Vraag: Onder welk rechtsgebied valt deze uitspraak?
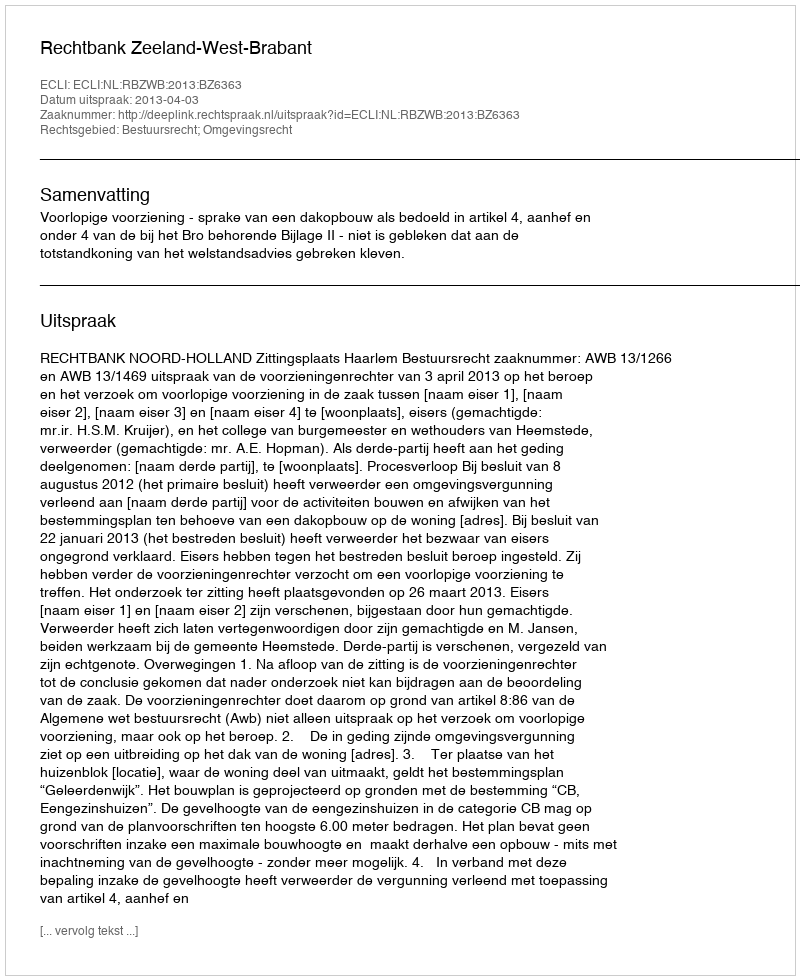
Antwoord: Bestuursrecht; Omgevingsrecht